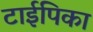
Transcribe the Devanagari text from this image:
टाईपिका